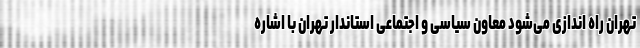
تهران راه اندازی می‌شود معاون سیاسی و اجتماعی استاندار تهران با اشاره